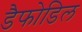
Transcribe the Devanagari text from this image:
डैफोडिल